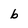
Character: b